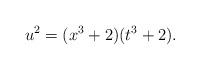
LaTeX: \begin{align*}u^2=(x^3+2)(t^3+2).\end{align*}